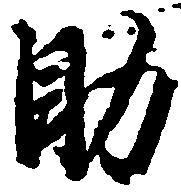
助